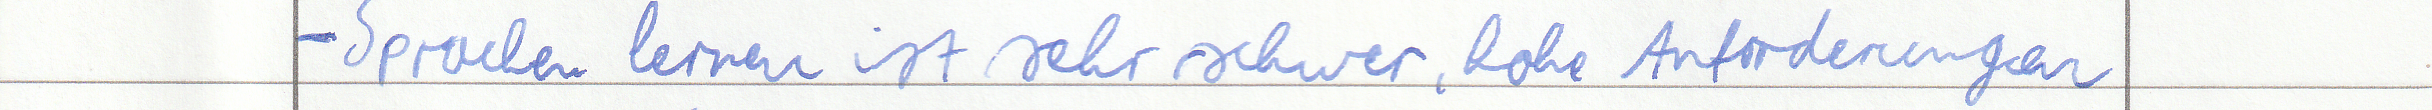
- Sprachen lernen ist sehr schwer, hohe Anforderungen